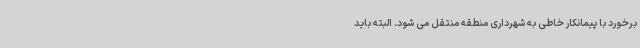
برخورد با پیمانکار خاطی به شهرداری منطقه منتقل می شود. البته باید